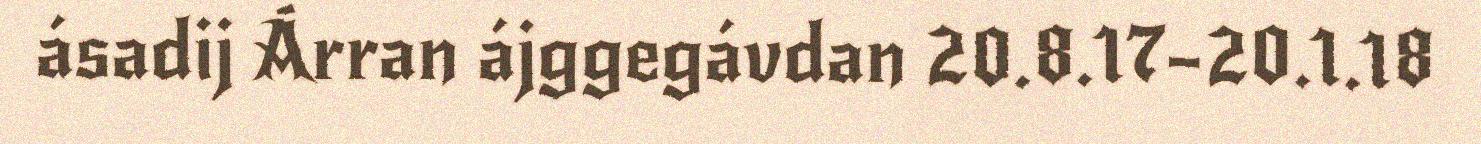
ásadij Árran ájggegávdan 20.8.17–20.1.18